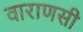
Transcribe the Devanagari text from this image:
वाराणसी